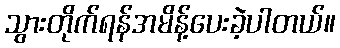
သွားတိုက်ရန်အမိန့်ပေးခဲ့ပါတယ်။